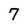
Character: 7